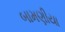
બામણીયા